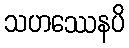
သဟဿေနပိ